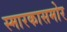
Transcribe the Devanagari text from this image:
स्मारकासमोर